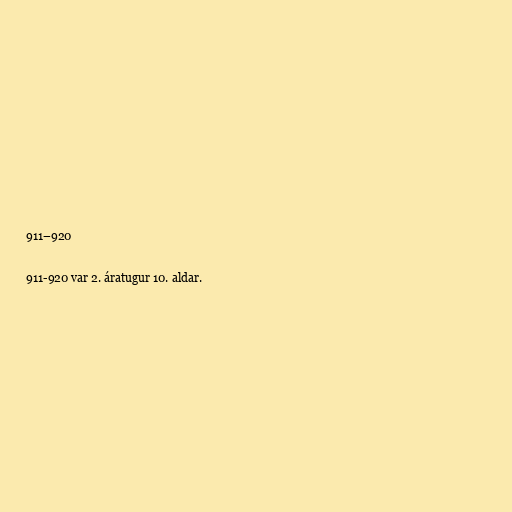
911–920

911-920 var 2. áratugur 10. aldar.